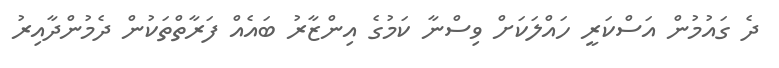
ދެ ގައުމުން އަސްކަރީ ހައްލަކަށް ވިސްނާ ކަމުގެ އިންޒާރު ބައެއް ފަރާތްތަކުން ދެމުންދާއިރު